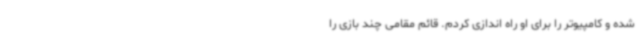
شده و کامپیوتر را برای او راه اندازی کردم. قائم مقامی چند بازی را